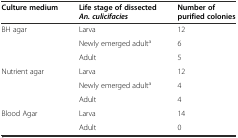
<table><thead><tr><td><b>Culture medium</b></td><td><b>Life stage of dissected<i>An. culicifacies</i></b></td><td><b>Number of purified colonies</b></td></tr></thead><tbody><tr><td rowspan="3">BH agar</td><td>Larva</td><td>12</td></tr><tr><td>Newly emerged adult<sup>a</sup></td><td>6</td></tr><tr><td>Adult</td><td>5</td></tr><tr><td rowspan="3">Nutrient agar</td><td>Larva</td><td>12</td></tr><tr><td>Newly emerged adult<sup>a</sup></td><td>4</td></tr><tr><td>Adult</td><td>4</td></tr><tr><td rowspan="2">Blood Agar</td><td>Larva</td><td>14</td></tr><tr><td>Adult</td><td>0</td></tr></tbody></table>